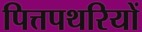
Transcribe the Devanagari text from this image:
पित्तपथरियों